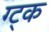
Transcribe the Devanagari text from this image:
ग्ट्क